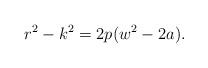
LaTeX: \begin{align*}r^2-k^2 = 2p(w^2-2a). \end{align*}